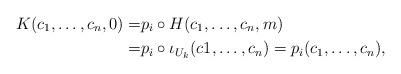
LaTeX: \begin{align*}K(c_1,\dots,c_n,0)= &p_i \circ H (c_1,\dots,c_n,m) \\= &p_i \circ \iota_{U_k}(c1,\dots,c_n)=p_i(c_1,\dots,c_n),\end{align*}